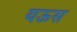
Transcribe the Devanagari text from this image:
यऊस